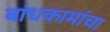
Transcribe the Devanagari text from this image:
बांधकामांचा